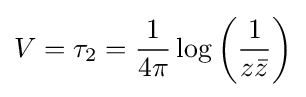
V=\tau _{2}={\frac {1}{4\pi }}\log \left({\frac {1}{z{\bar {z}}}}\right)